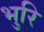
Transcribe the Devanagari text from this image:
भुरि